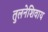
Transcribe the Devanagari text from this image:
तुलनेशिवाय